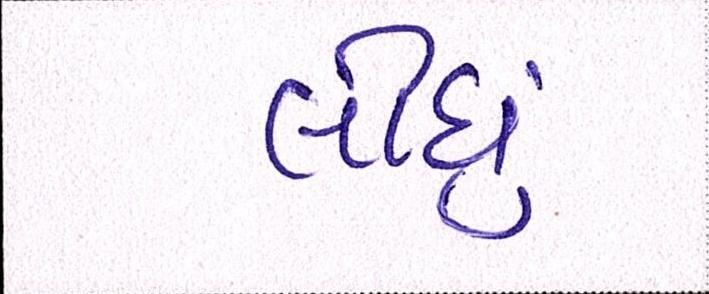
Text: લીઘું